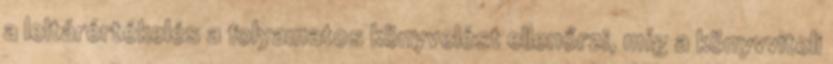
a leltárértékelés a folyamatos könyvelést ellenőrzi, míg a könyvviteli